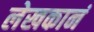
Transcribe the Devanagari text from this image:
लेखकानं